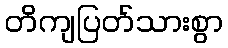
တိကျပြတ်သားစွာ